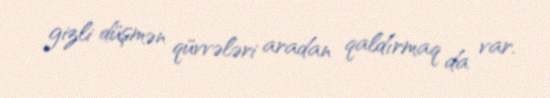
gizli düşmən qüvvələri aradan qaldırmaq da var.